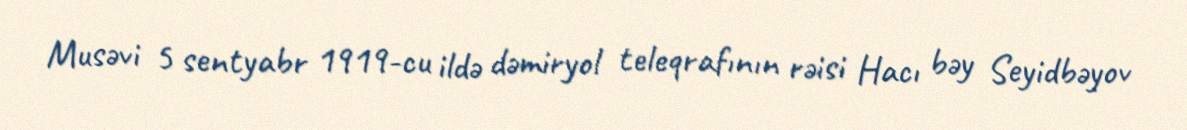
Musəvi 5 sentyabr 1919-cu ildə dəmiryol teleqrafının rəisi Hacı bəy Seyidbəyov